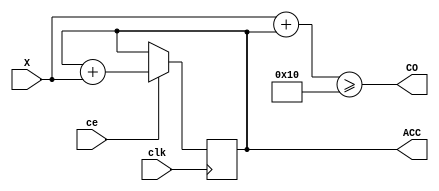
`ifndef m
	`define m 4
`endif

module ACC2mE( input [`m-1:0] X, output reg [`m-1:0] ACC = 0,
							 input ce, output wire CO,
							 input clk);

	assign CO = (X+ACC >= 1<<`m); // 
	always @ (posedge clk) if (ce) begin
		ACC <= ACC + X; //    2 m
	end

endmodule